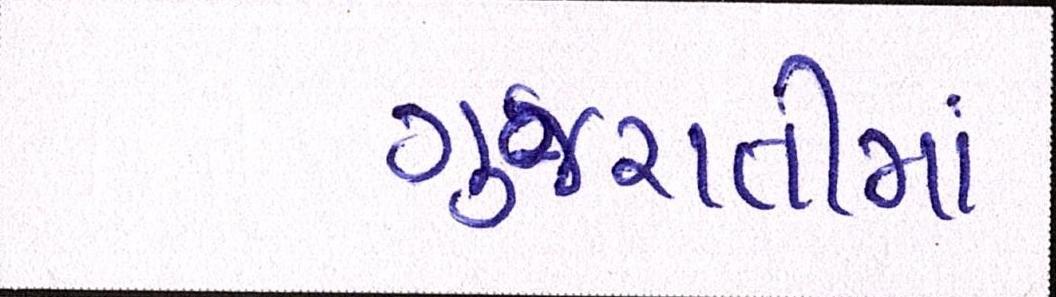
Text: ગુજરાતીમાં